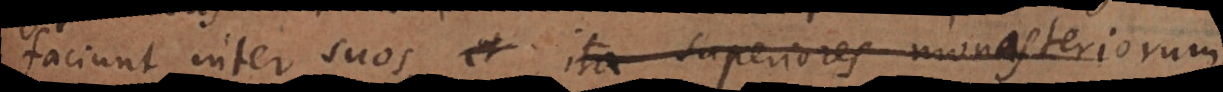
faciunt inter suos; et ita superiores monasteriorum